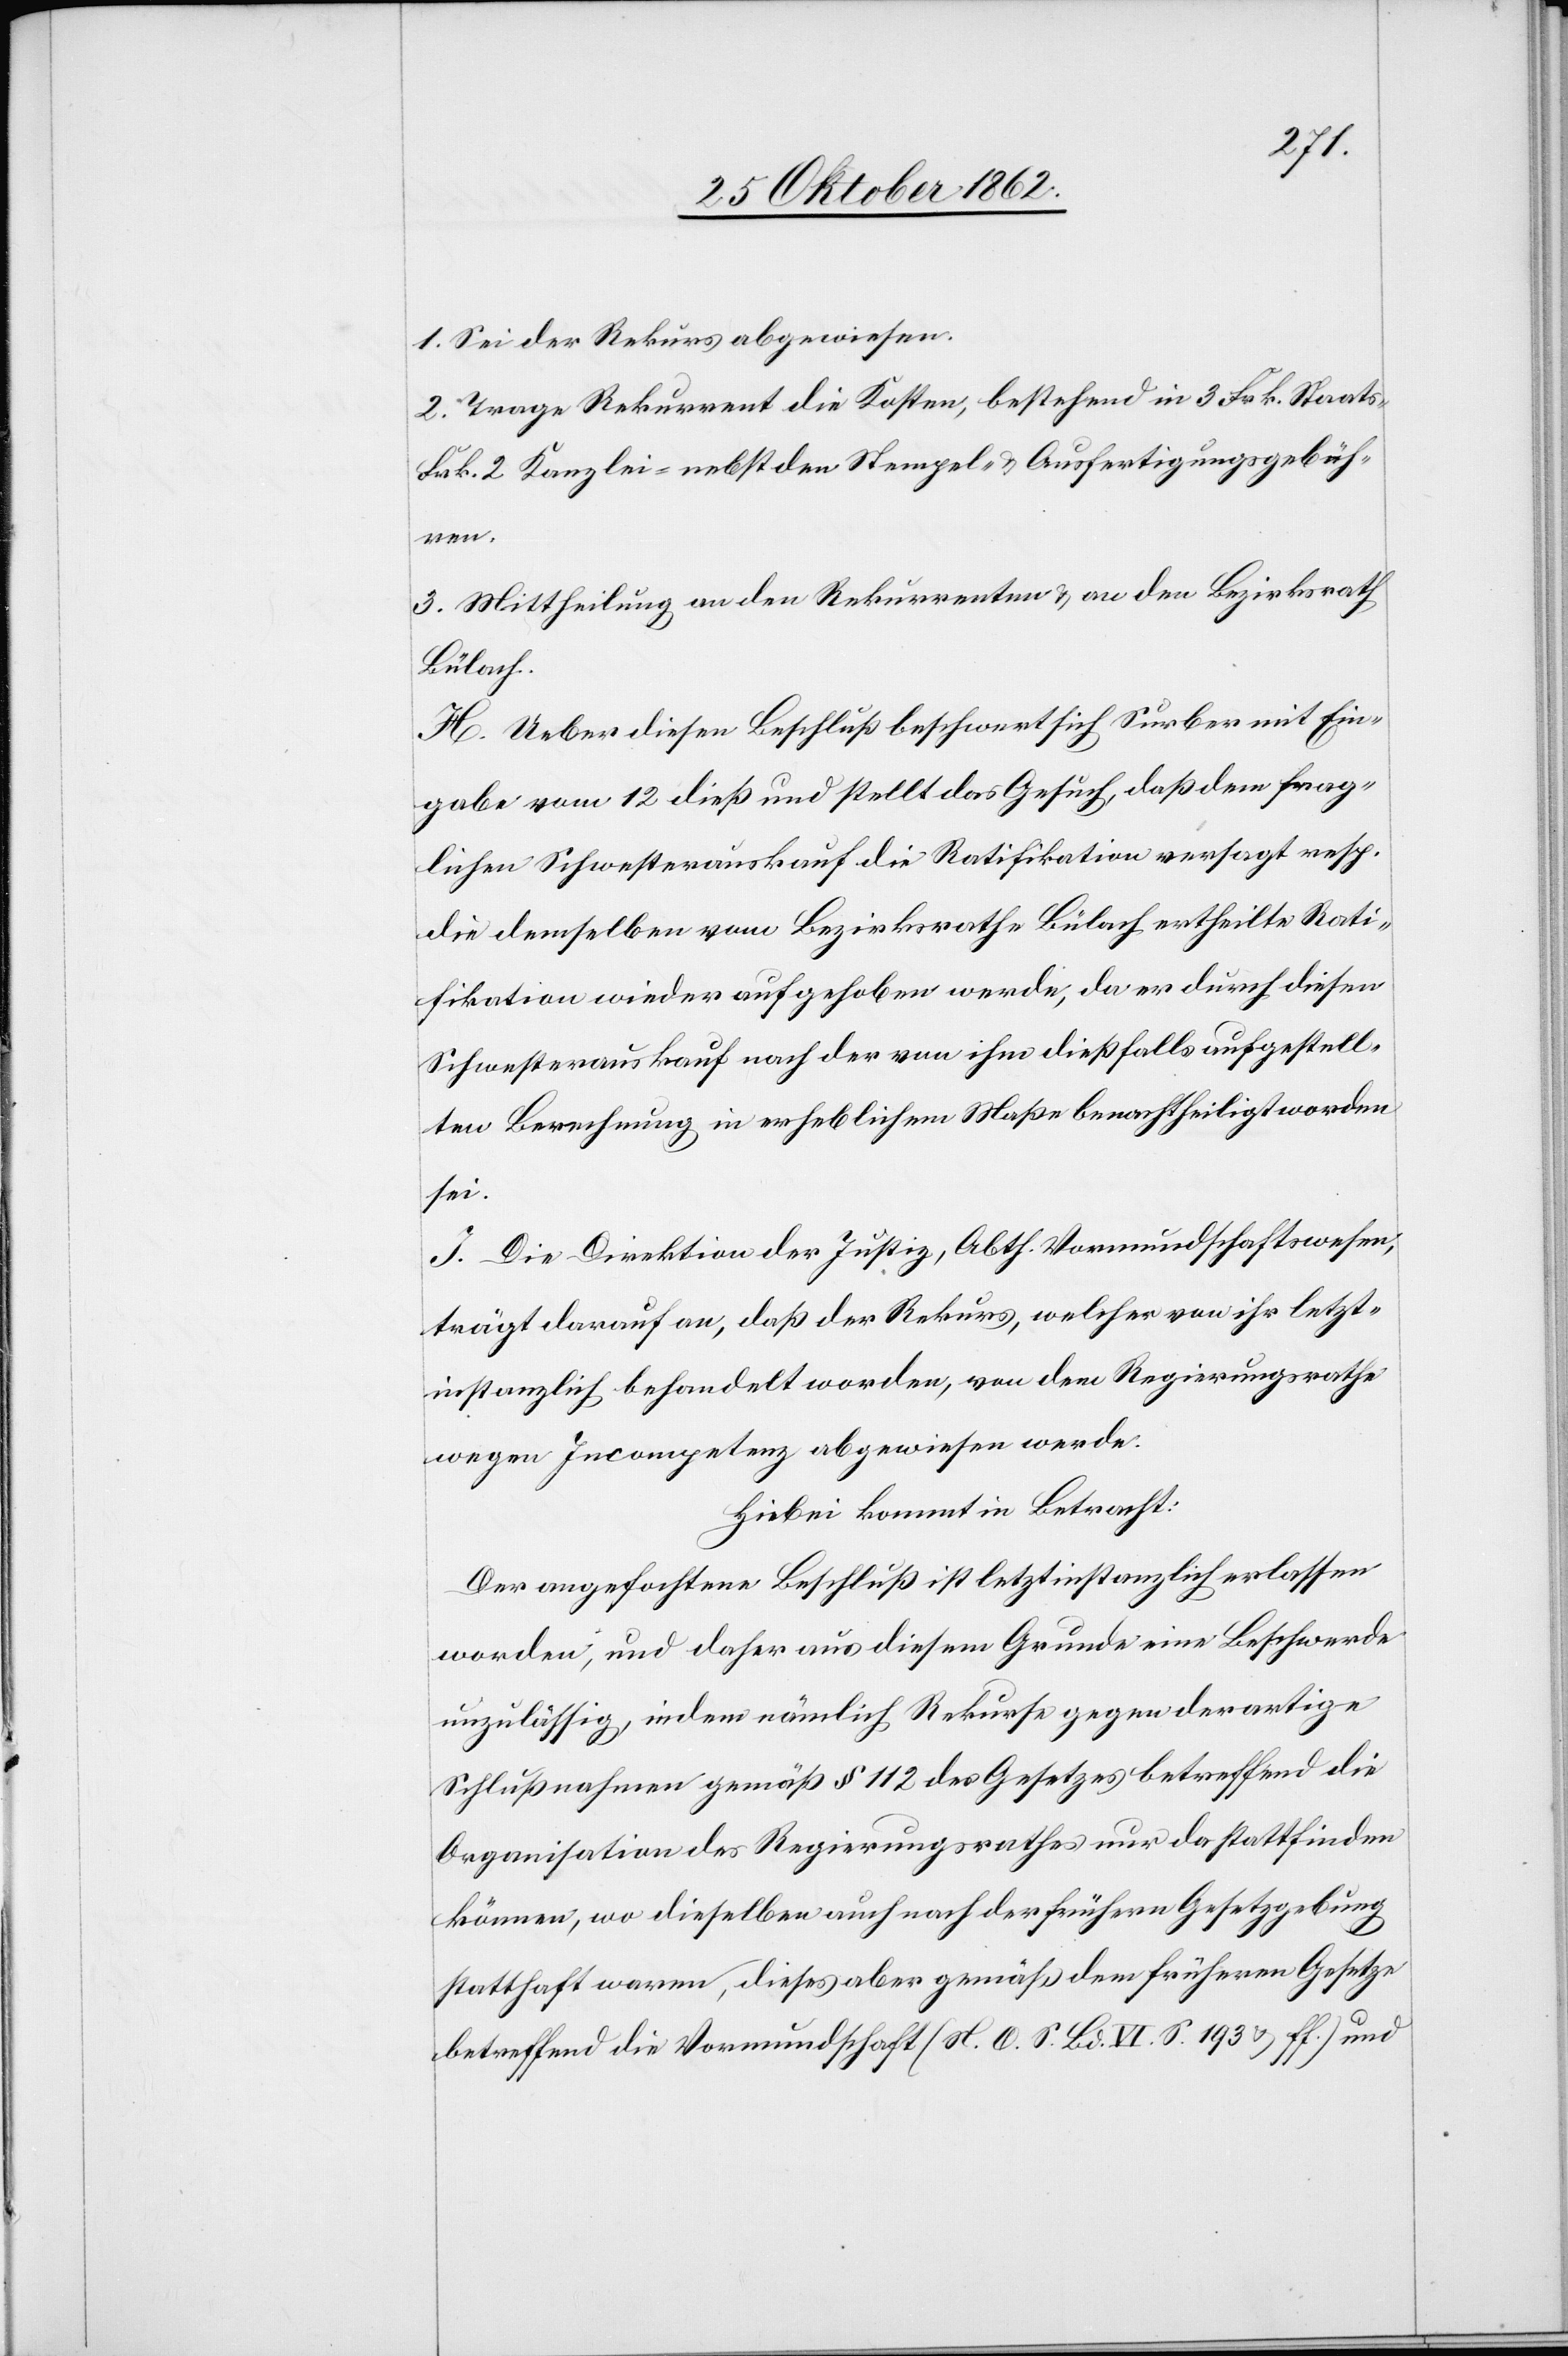
1. Sei der Rekurs abgewiesen.
2. Trage Rekurrent die Kosten, bestehend in 3 Frk. Staats-[,]
Frk. 2 Kanzlei- nebst den Stempel- u. Ausfertigungsgebüh¬
ren.
3. Mittheilung an den Rekurrenten u. an den Bezirksrath
Bülach.
H. Ueber diesen Beschluß beschwert sich Surber mit Ein¬
gabe vom 12. dieß und stellt das Gesuch, daß dem frag¬
lichen Schwesterauskauf die Ratifikation versagt resp.
die demselben vom Bezirksrathe Bülach ertheilte Rati¬
fikation wieder aufgehoben werde, da er durch diesen
Schwesterauskauf nach der von ihm dießfalls aufgestell¬
ten Berechnung in erheblichem Maße benachtheiligt worden
sei.
J. Die Direktion der Justiz, Abth. Vormundschaftswesen,
trägt darauf an, daß der Rekurs, welcher von ihr letzt¬
instanzlich behandelt worden, von dem Regierungsrathe
wegen Incomeptenz abgewiesen werde.
Hiebei kommt in Betracht:
Der angefochtene Beschluß ist letztinstanzlich erlassen
worden, und daher aus diesem Grunde eine Beschwerde
unzulässig, indem nämlich Rekurse gegen derartige
Schlußnahmen gemäß § 112 des Gesetzes betreffend die
Organisation des Regierungsrathes nur da statt finden
können, wo dieselben auch nach der frühern Gesetzgebung
statthaft waren, dieses aber gemäß dem früheren Gesetze
betreffend die Vormundschaft (N. O. S. Bd. VI S. 193 u. ff.) und